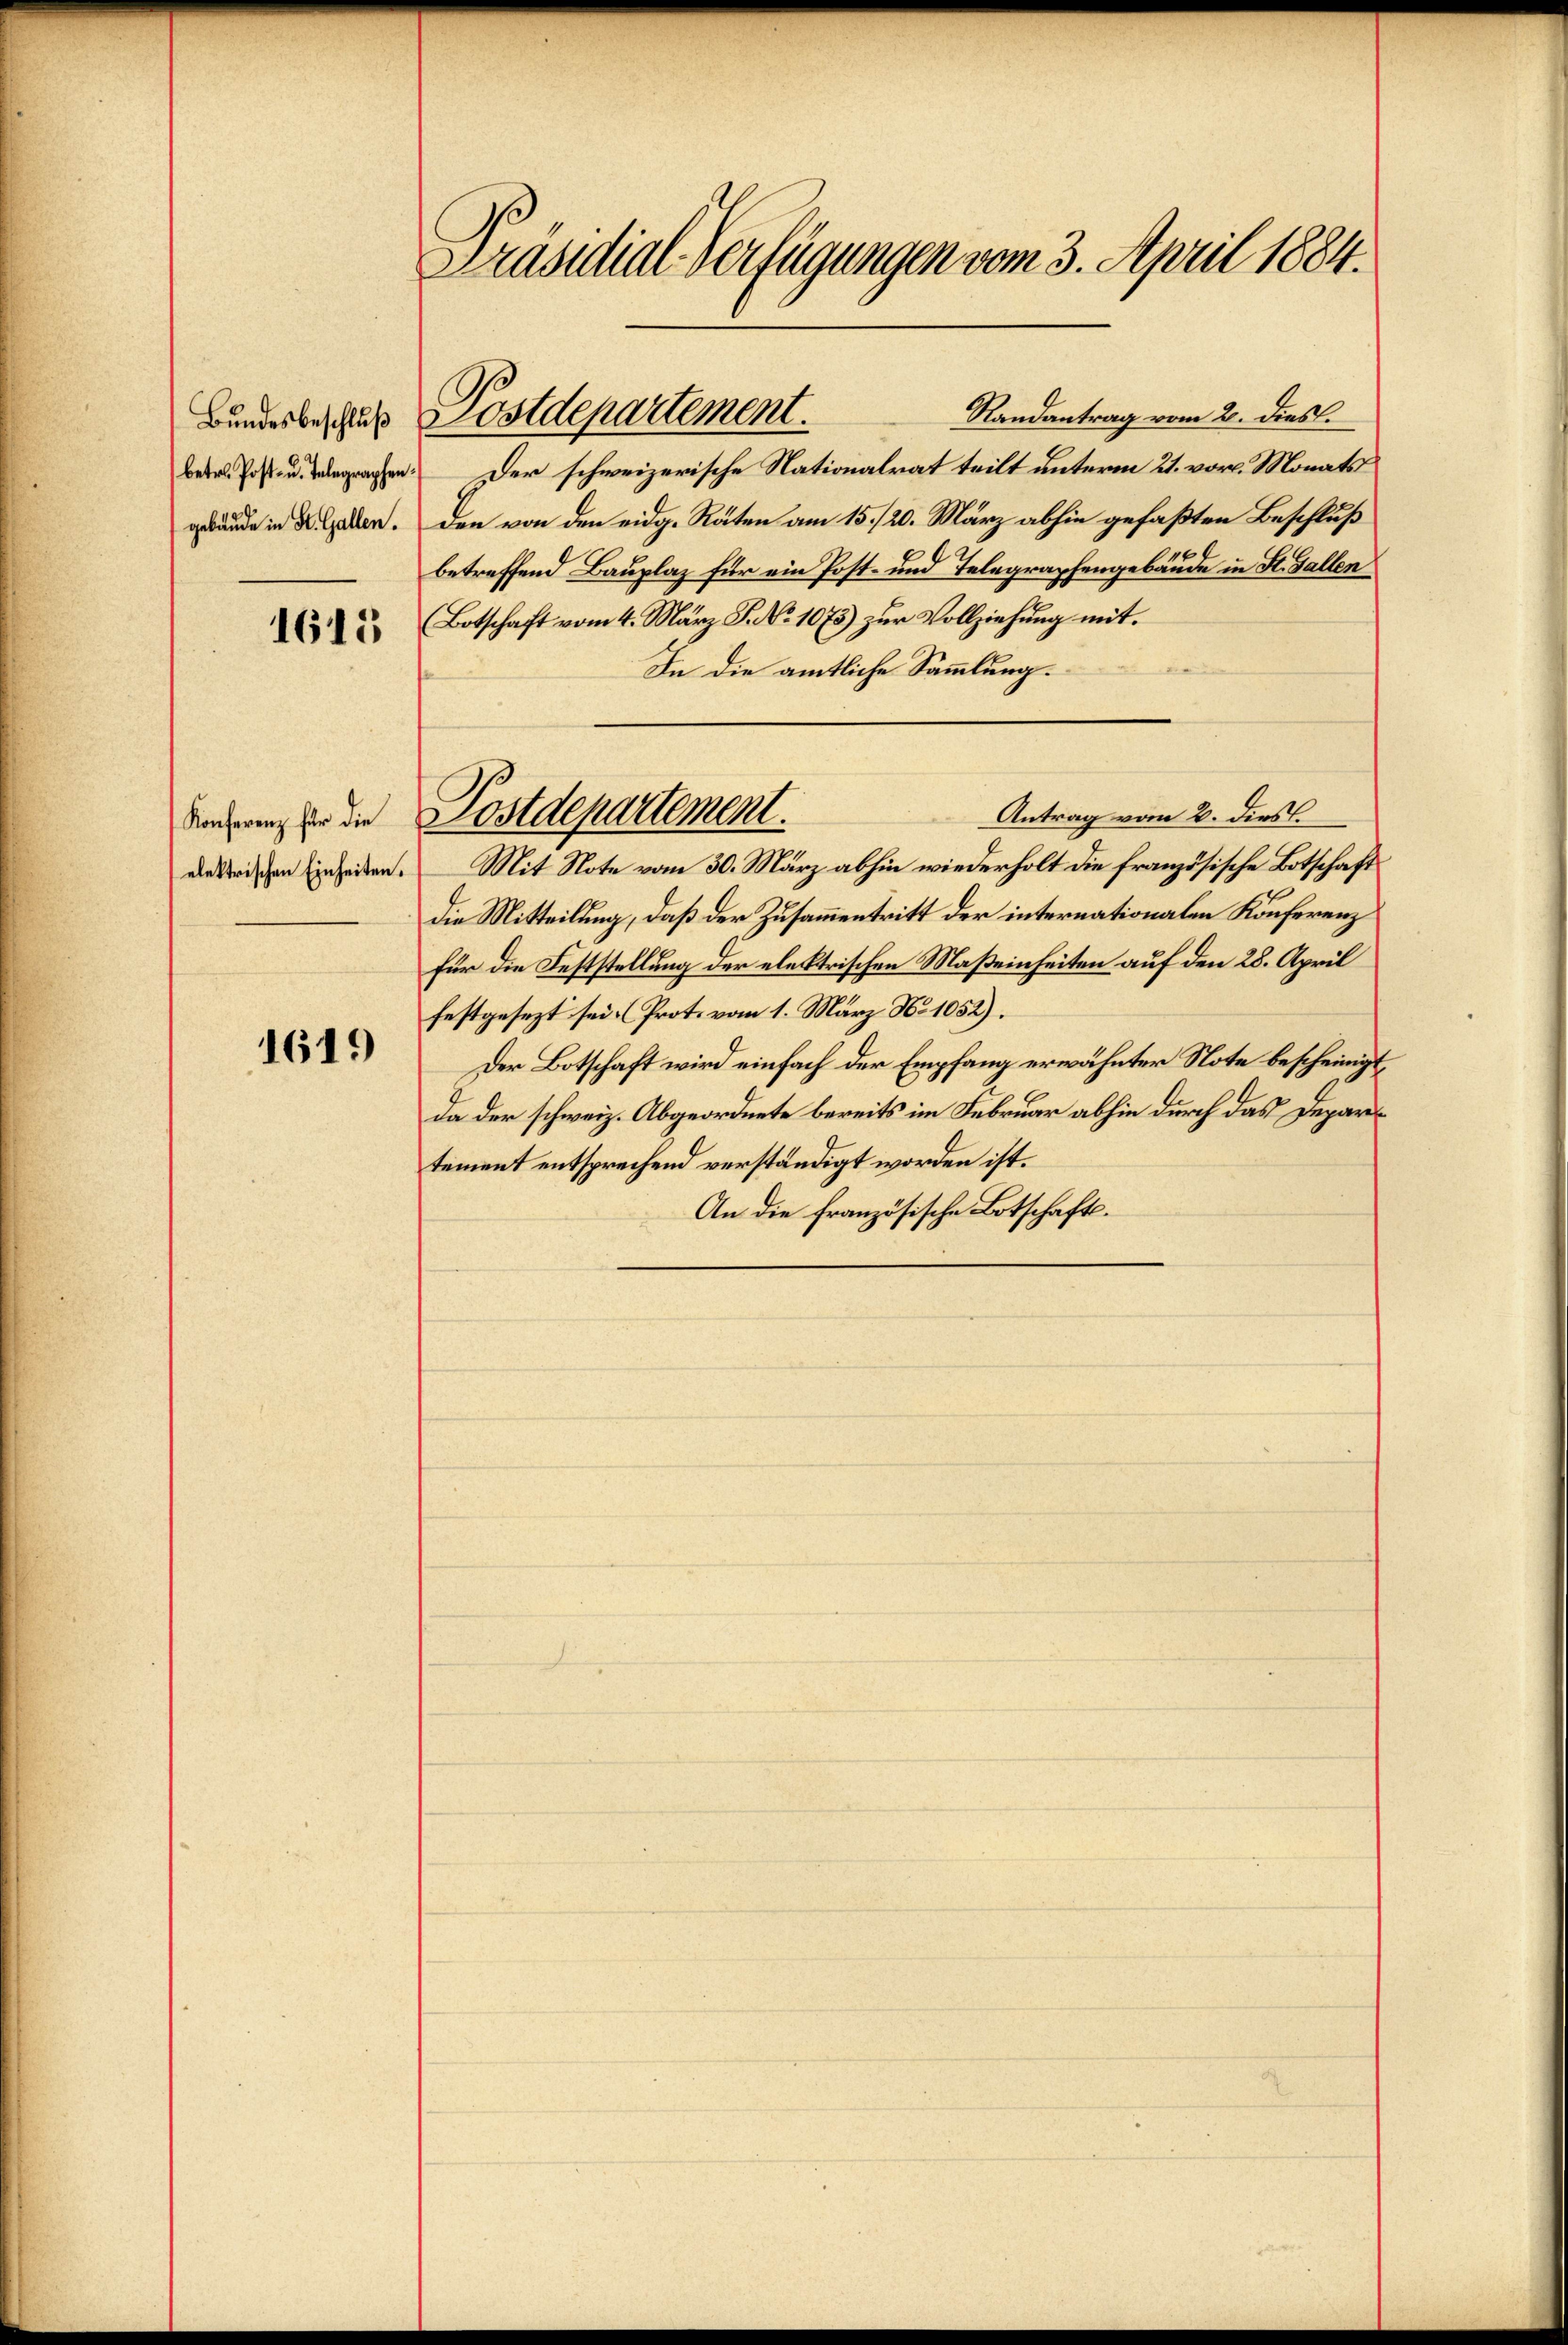
Bundesbeschluß
betr. Post- u. Telegraphen.
gebäude in St. Gallen.

1613

Konferenz für die
elektrischen Einheiten.

1619)

Präsidial-Verfügungen vom 3. April 1884.

Postdepartement.

Randantrag vom 2. dies.
Der schweizerische Nationalrat teilt unterm 21. vor. Monats
den von den eidg. Räten am 15./20. März abhin gefaßten Beschluß
betreffend Bauplaz für ein Post- und Telegraphengebäude in St. Gallen
(Botschaft vom 4. März S. No 1075) zur Vollziehung mit
In die amtliche Sammlung.
Mit Note vom 30. März abhin wiederholt die französische Botschaft
die Mitteilung, daß der Zusammentritt der internationalen Konferenz
Für die Feststellung der elektrischen Maßeinheiten auf den 28. April
festgesezt sei. (Prote vom 1. März No 1052).
Der Botschaft wird einfach der Empfang erwähnter Note bescheinigt,
da der schweiz. Abgeordnete bereits im Februar abhin durch das Depart
tement entsprechend verständigt worden ist.
An die französische Botschaft.

Antrag vom 2. dies
Postdepartement.